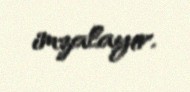
imzalayır.